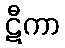
ဋီကာ